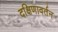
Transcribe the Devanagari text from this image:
दक्षिणावर्तन